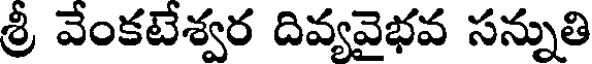
శ్రీ వేంకటేశ్వర దివ్యవైభవ సన్నుతి